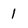
Character: 1